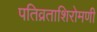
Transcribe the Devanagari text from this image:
पतिव्रताशिरोमणी